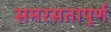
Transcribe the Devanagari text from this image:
समरसतापूर्ण